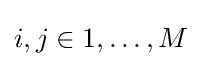
i,j\in {1,\dots ,M}